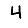
Digit: 4